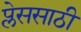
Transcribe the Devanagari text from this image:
प्लेससाठी